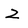
Character: z